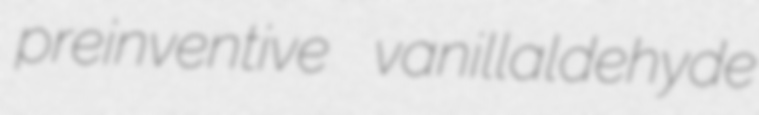
preinventive vanillaldehyde